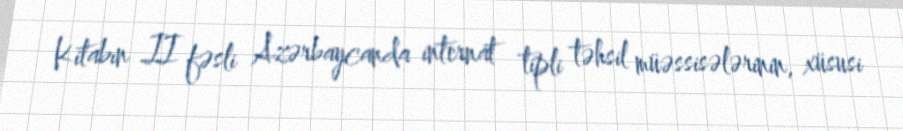
Kitabın II fəsli Azərbaycanda internat tipli təhsil müəssisələrinin, xüsusi